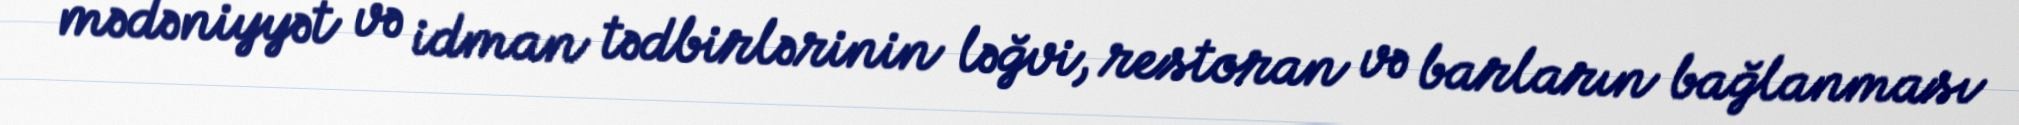
mədəniyyət və idman tədbirlərinin ləğvi, restoran və barların bağlanması